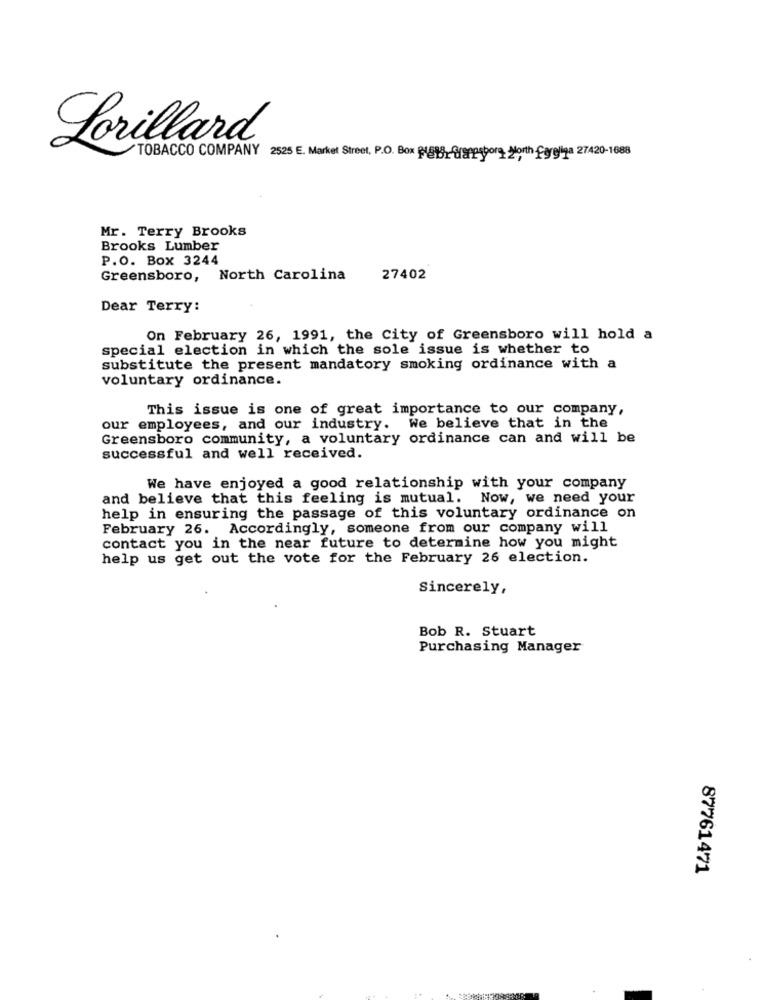
Lorillard
TOBACCO COMPANY 2525 E. Market Street, P.O. Box Webdi Grappsborg North Carolina 27420-1688
Mr. Terry Brooks
Brooks Lumber
P.O. Box 3244
Greensboro, North Carolina
27402
Dear Terry:
On February 26, 1991, the City of Greensboro will hold a
special election in which the sole issue is whether to
substitute the present mandatory smoking ordinance with a
voluntary ordinance.
This issue is one of great importance to our company,
our employees, and our industry. We believe that in the
Greensboro community, a voluntary ordinance can and will be
successful and well received.
We have enjoyed a good relationship with your company
and believe that this feeling is mutual. Now, we need your
help in ensuring the passage of this voluntary ordinance on
February 26. Accordingly, someone from our company will
contact you in the near future to determine how you might
help us get out the vote for the February 26 election.
Sincerely,
Bob R. Stuart
Purchasing Manager
87761471